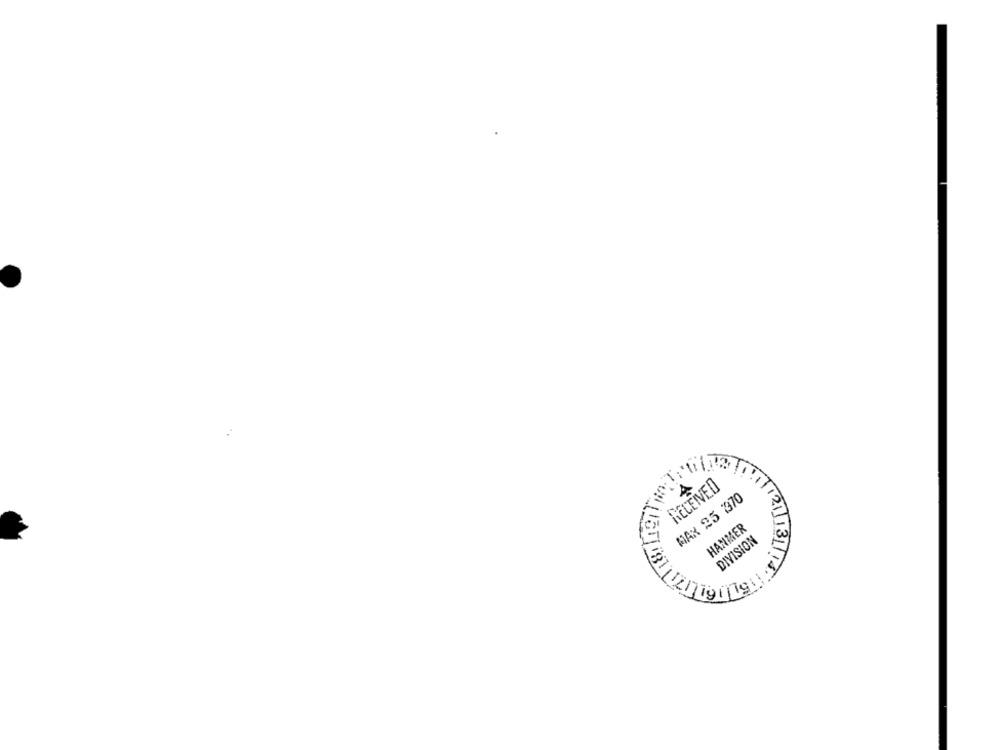
RECEIVED
MAX 25 1370
HAMMER
DIVISION